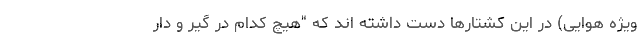
ویژه هوایی) در این کشتارها دست داشته اند که "هیچ کدام در گیر و دار